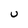
Character: U